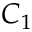
C _ { 1 }